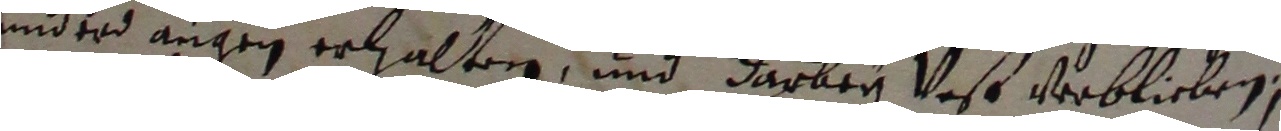
underd angen erhaltene und darbey vest verblieben,